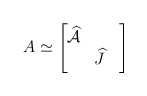
\begin{align*}A\simeq \begin{bmatrix}\widehat{\mathcal A} & \\ & \widehat J &\end{bmatrix}\end{align*}